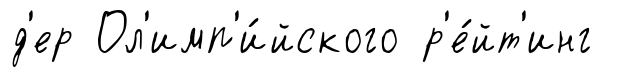
д'ер Ол'имп'и́йского р'е́йт'инг